Medical and sanitary report of the native army of Bengal for the year
Year: 1874
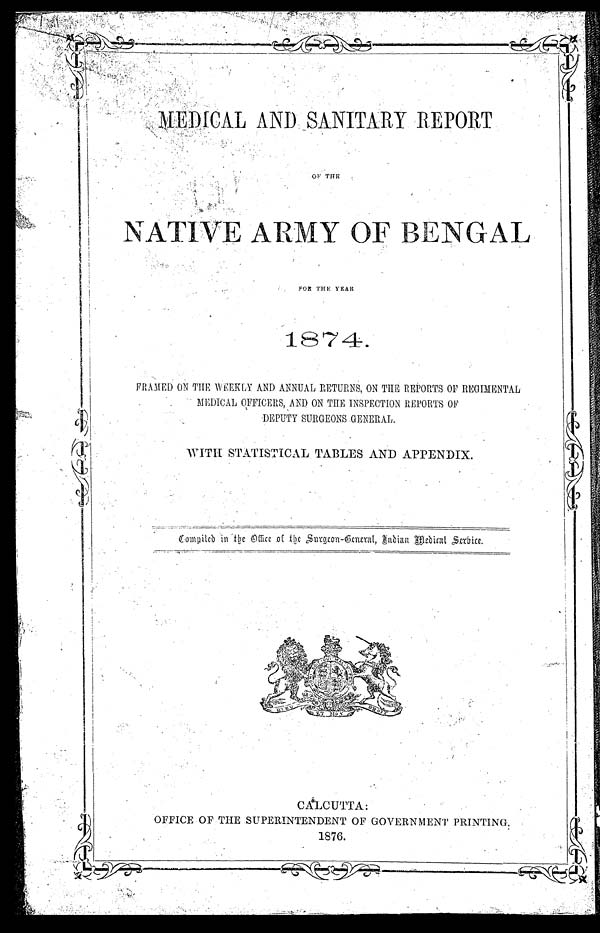
0F THE
NATIVE ARMY OF BENGAL
FOR THE YEAR
1874.
FRAMED ON THE WEEKLY AND ANNUAL RETURNS, ON THE REPORTS OF REGIMENTAL
MEDICAL OFFICERS ON THE INSPECTION REPORTS OF
DEPUTY SURGEONS GENERAL.
WITH STATISTICAL TABLES AND APPENDIX.
Compild in the Office of the Surgeon-General, Indian Medical Service.
CALCUTTA :
OFFICE OF THE SUPERINTENDENT OF GOVERNMENT PRINTING.
1876.